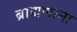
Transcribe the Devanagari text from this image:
ब्राह्मणाना